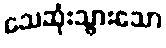
သေဆုံးသွားသော